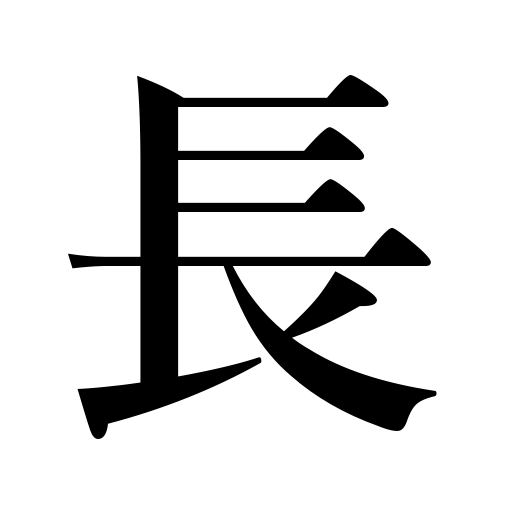
Meanings: headman,superiority,manager,advantage,length,forte,commander,head,director,long,merit,chief,lengthy